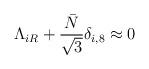
LaTeX: \begin{align*}\Lambda_{iR}+\frac{\bar N}{\sqrt 3}\delta_{i,8}\approx 0\end{align*}